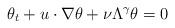
LaTeX: \begin{align*}\theta_{t}+u\cdot \nabla \theta +\nu\Lambda^{\gamma} \theta=0\end{align*}